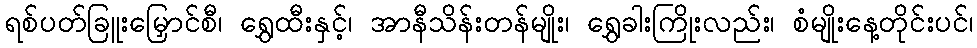
ရစ်ပတ်ခြူးမြှောင်စီ၊ ရွှေထီးနှင့်၊ အာနီသိန်းတန်မျိုး၊ ရွှေခါးကြိုးလည်း၊ စံမျိုးနေ့တိုင်းပင်၊